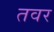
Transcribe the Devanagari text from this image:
तवर